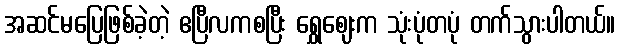
အဆင်မပြေဖြစ်ခဲ့တဲ့ ဧပြီလကစပြီး ရွှေဈေးက သုံးပုံတပုံ တက်သွားပါတယ်။